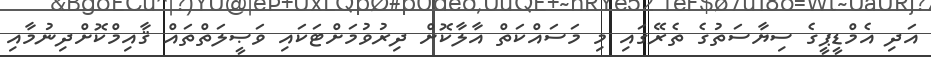
އަދި އެމްޑީޕީގެ ސިޔާސަތުގެ ތެރޭގައި މި މަސައްކަތް އާލާކޮށް ދިރުވުމަށްޓަކައި ވަޞީލަތްތައް ޤާއިމްކޮށްދިނުމާއި